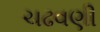
ચઢવણી